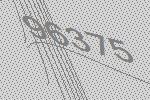
96375